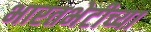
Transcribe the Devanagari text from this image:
भारतभेटीच्या